Annual report of the Punjab Veterinary College and of the Civil Veterinary Department, Punjab - 1920-1925
Year: 1920
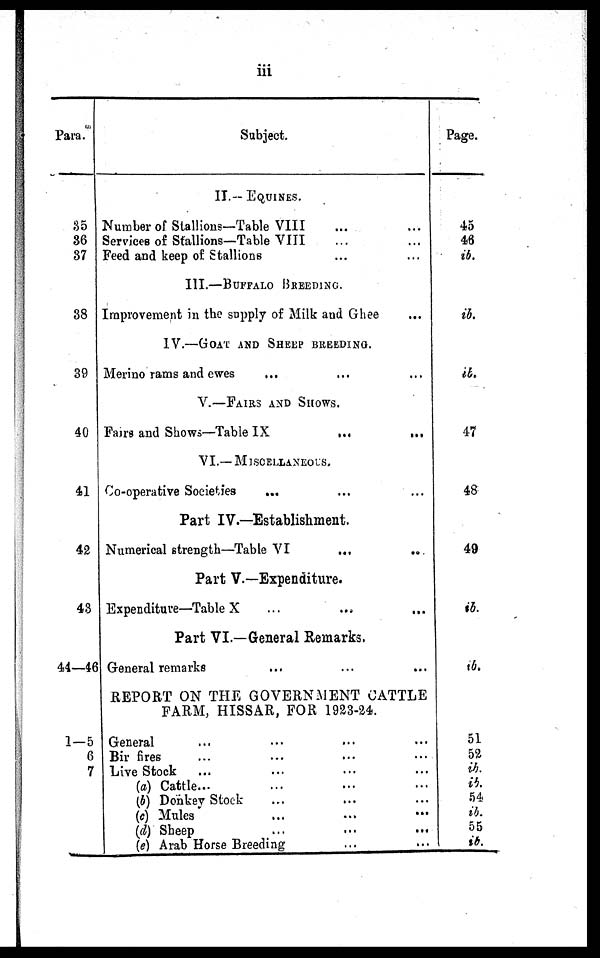
iii
Para.
35
36
37
38
39
40
41
42
43
44—46
1—5
6
7
Subject.
II.—EQUINES.
Number of Stallions—Table VIII ... ... ... ...
Services of Stallions—Table VIII ... ... ...
Feed and keep of Stallions ... ... ...
III.—BUFFALO BREEDING.
Improvement in the supply of Milk and Ghee
IV.—GOAT AND SHEEP BREEDING.
Merino rams and ewes ... ... ...
V.—FAIRS AND SHOWS.
Fairs and Shows—Table IX ... ...
VI.—MISCELLANEOUS.
Co-operative Societies
...
Part IV.—Establishment.
Numerical strength—Table VI ... ... ...
Part V.—Expenditure.
Expenditure—Table X ... ... ... ...
Part VI.—General Remarks.
General remarks ... ... ... ...
REPORT ON THE GOVERNMENT CATTLE
FARM, HISSAR, FOR 1923-24.
General ... ... ... ... ... ...
Bir fires ... ... ... ... ... ...
Live Stock ... ... ... ...
(a) Cattle... ... ... ...
(b) Donkey Stock ... ... ... ...
(e) Mules ... ... ... ... ...
(d) Sheep
...
...
...
(e) Arab Horse Breeding ... ... ...
Page.
45
46
ib.
ib.
ib.
47
48
49
ib.
ib.
51
52
ib.
ib.
54
ib.
55
ib.